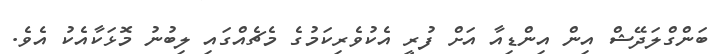
ބަންގްލަދޭޝް އިން އިންޑިއާ އަށް ފުރީ އެކުވެރިކަމުގެ މެޗެއްގައި ލިބުނު މޮޅަކާއެކު އެވެ.